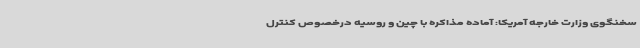
سخنگوی وزارت خارجه آمریکا: آماده مذاکره با چین و روسیه درخصوص کنترل